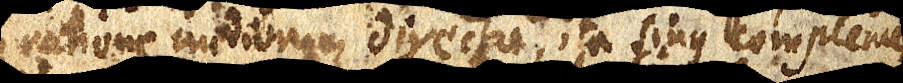
ratione mediorum directa, ita sinus complemen–